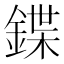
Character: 鍱